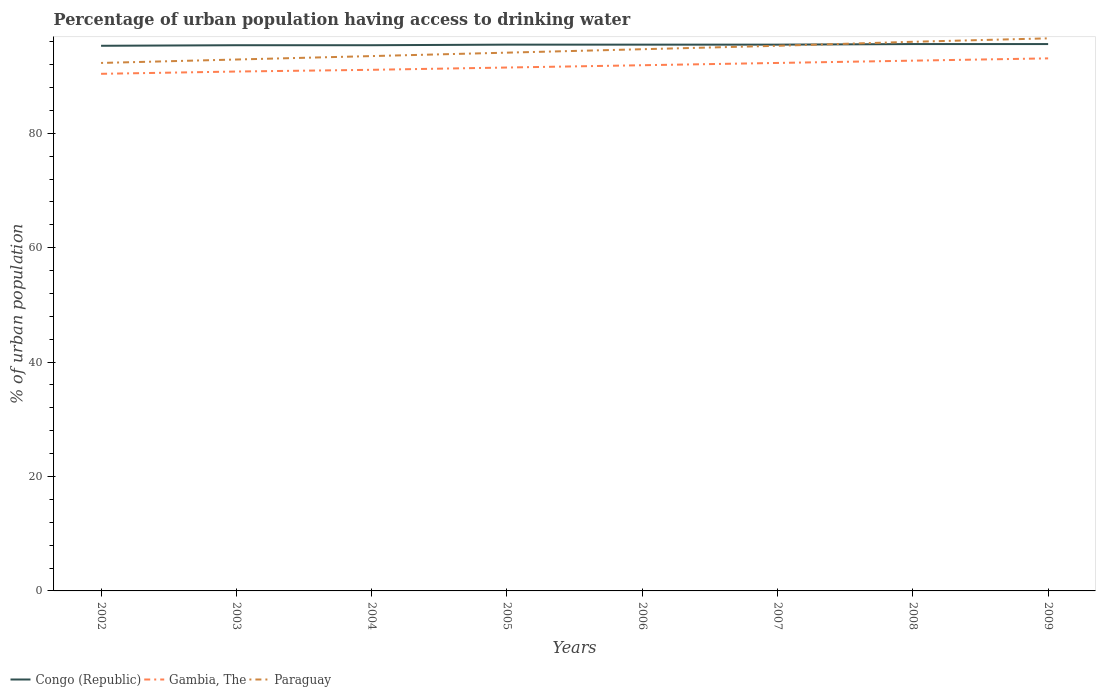
| Years | Congo (Republic) | Gambia, The | Paraguay |
 | --- | --- | --- | --- |
 | 2002 | 95.3 | 90.4 | 92.3 |
 | 2003 | 95.4 | 90.8 | 92.9 |
 | 2004 | 95.4 | 91.1 | 93.5 |
 | 2005 | 95.5 | 91.5 | 94.1 |
 | 2006 | 95.5 | 91.9 | 94.7 |
 | 2007 | 95.5 | 92.3 | 95.3 |
 | 2008 | 95.6 | 92.7 | 96 |
 | 2009 | 95.6 | 93.1 | 96.6 |